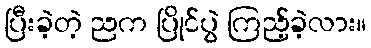
ပြီးခဲ့တဲ့ ညက ပြိုင်ပွဲ ကြည့်ခဲ့လား။